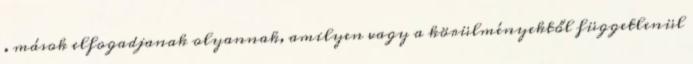
. mások elfogadjanak olyannak, amilyen vagy a körülményektől függetlenül